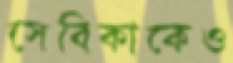
সেবিকাকেও